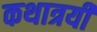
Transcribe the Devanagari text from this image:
कथात्रयी